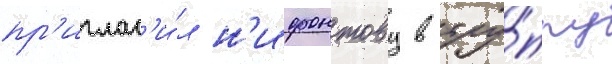
пр'иглас'и́л н'ифонтову в тру́ппу